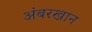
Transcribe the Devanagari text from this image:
अंबरखान